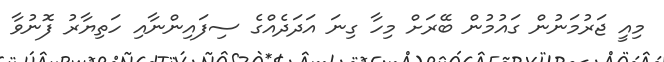
މިއީ ޖަރުމަނުން ގައުމުން ބޭރަށް މިހާ ގިނަ އަދަދެއްގެ ސިފައިންނާއި ހަތިޔާރު ފޮނުވާ